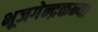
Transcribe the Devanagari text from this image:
भूजगेन्द्रकन्या